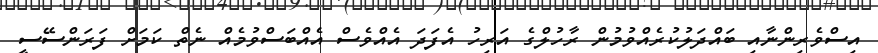
އިސްވެރިންނާއި ބައްދަލުކުރެއްވުމުން ރާހުލްގެ އަރިހު އެފަދަ އެއްވެސް އެއްބަސްވުމެއް ނެތް ކަމަށް ފަރަންސޭސީ